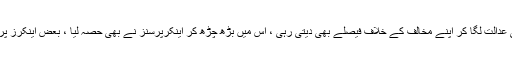
دلائل چلتے رہے ، اور ہمارے سیاست دان اپنی عدالت لگا کر اپنے مخالف کے خلاف فیصلے بھی دیتی رہی ، اس میں بڑھ چڑھ کر اینکرپرسنز نے بھی حصہ لیا ، بعض اینکرز پرسن نے 007ایجنٹ کو بھی پیچھے چھوڑ دیا ۔